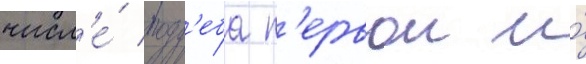
числ'е́ погр'еба п'ервои и́